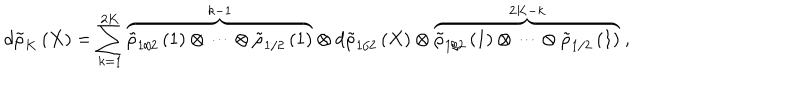
LaTeX: d { \tilde { \rho } } _ { K } \left( X \right) = \sum _ { k = 1 } ^ { 2 K } { \overbrace { { \tilde { \rho } } _ { 1 / 2 } \left( 1 \right) \otimes \cdots \otimes { \tilde { \rho } } _ { 1 / 2 } \left( 1 \right) } ^ { k - 1 } \otimes d { \tilde { \rho } } _ { 1 / 2 } \left( X \right) \otimes \overbrace { { \tilde { \rho } } _ { 1 / 2 } \left( 1 \right) \otimes \cdots \otimes { \tilde { \rho } } _ { 1 / 2 } \left( 1 \right) } ^ { 2 K - k } } \ ,